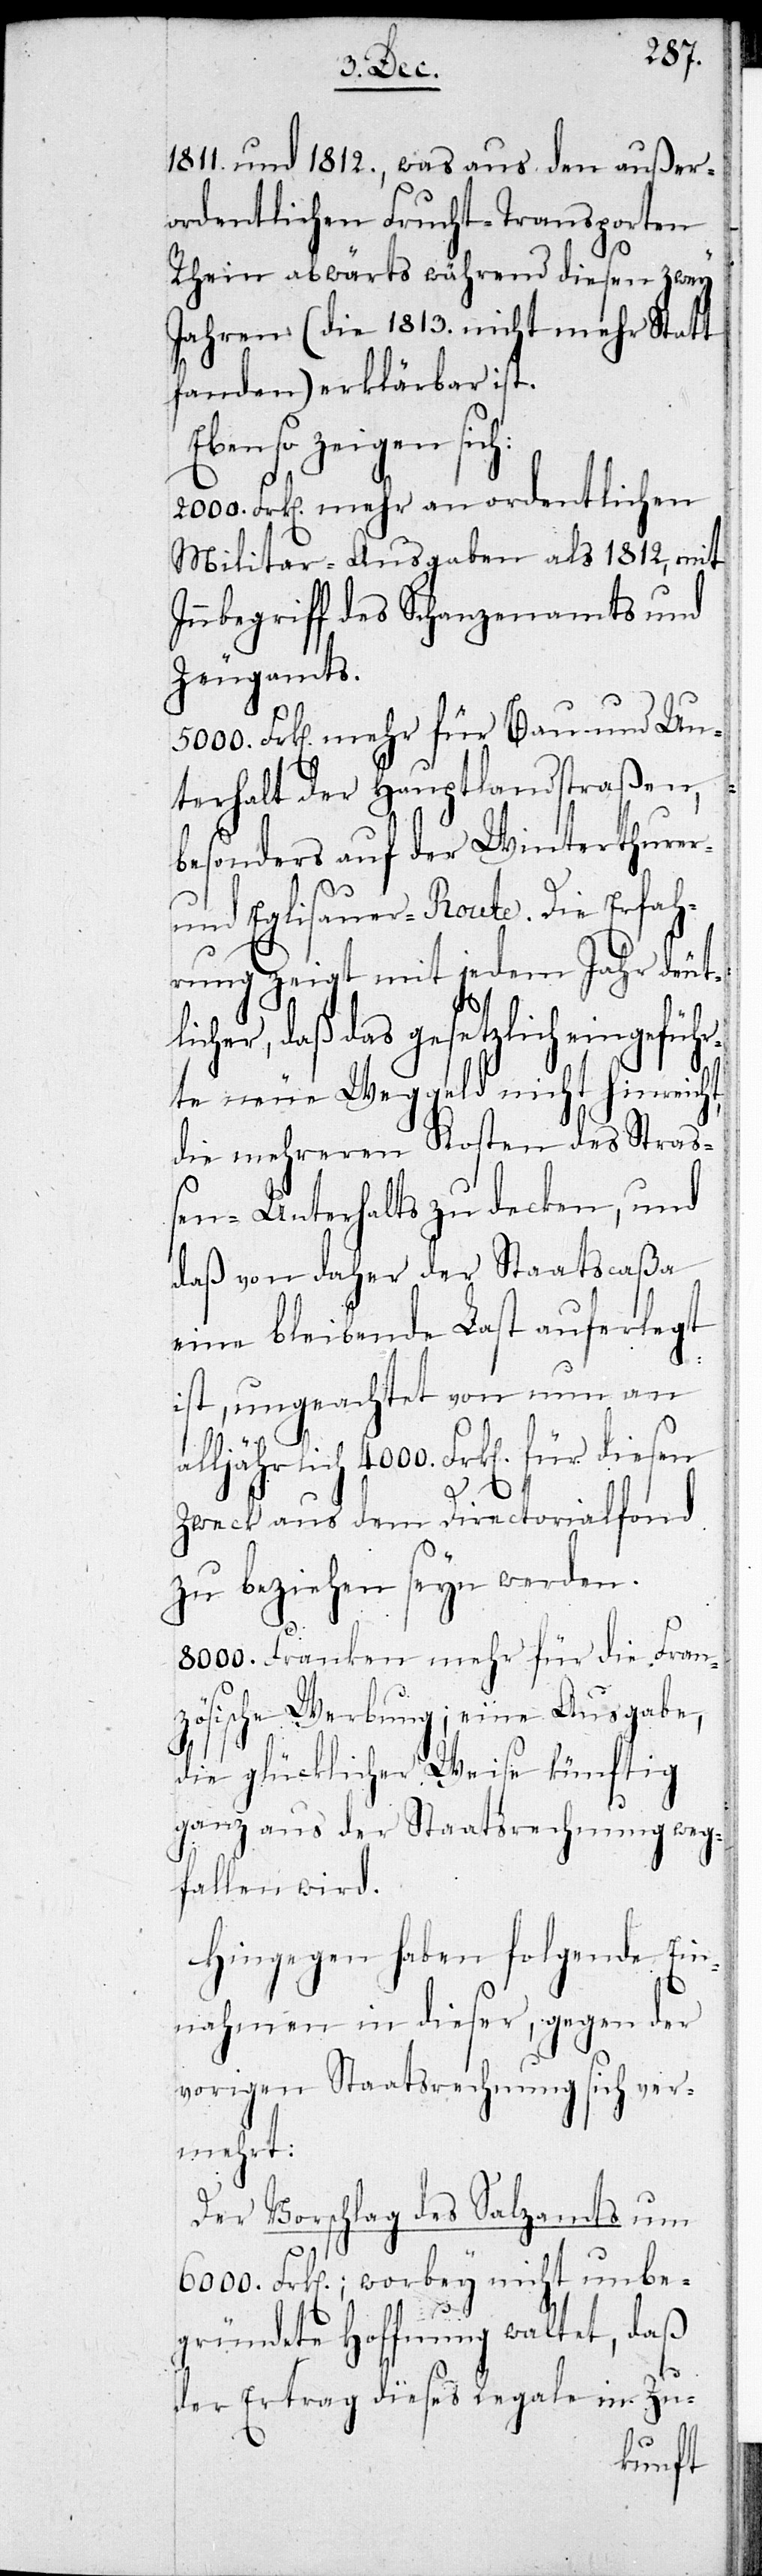
1811. und 1812., was aus den außer¬
ordentlichen Frucht-Transporten
Rhein abwärts während diesen zwey
Jahren (die 1813. nicht mehr Statt
fanden) erklärbar ist.
Ebenso zeigen sich:
2000. Frken. mehr an ordentlichen
Militar-Ausgaben als 1812, mit
Inbegriff des Schanzenamts und
Zeugamts.
5000. Frken. mehr für Bau und Un¬
terhalt der Hauptlandstraßen,
besonders auf der Winterthurer-
und Eglisauer-Route. Die Erfah¬
rung zeigt mit jedem Jahr deut¬
licher, daß das gesetzlich eingeführ¬
te neue Weggeld nicht hinreicht,
die mehreren Kosten des Straß¬
en-Unterhalts zu decken, und
daß von daher der Staatscaßa
eine bleibende Last auferlegt
a¬
ist, ungeachtet von nun an
lljährlich 4000. Frken. für diesen
Zweck aus dem Directorialfond
zu beziehen seyn werden.
8000. Franken mehr für die Fran¬
zösische Werbung; eine Ausgabe,
die glücklicher Weise künftig
ganz aus der Staatsrechnung weg¬
fallen wird.
Hingegen haben folgende Ein¬
nahmen in dieser, gegen der
vorigen Staatsrechnung sich ver¬
mehrt:
Der Vorschlag des Salzamts um
6000. Frken.; worbey nicht unbe¬
gründete Hoffnung waltet, daß
der Ertrag dieses Regale in Zu-